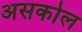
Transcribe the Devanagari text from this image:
असकोल